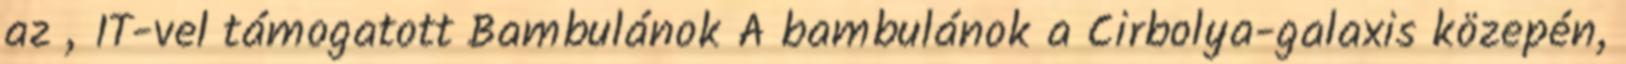
az „IT-vel támogatott Bambulánok A bambulánok a Cirbolya-galaxis közepén,